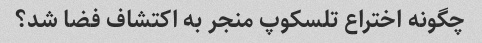
چگونه اختراع تلسکوپ منجر به اکتشاف فضا شد؟